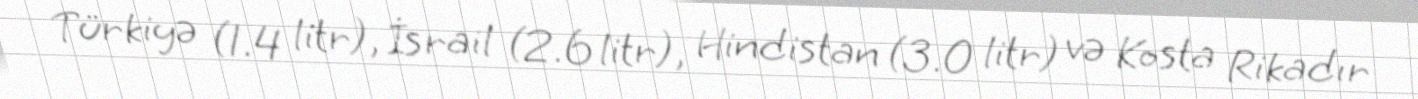
Türkiyə (1.4 litr), İsrail (2.6 litr), Hindistan (3.0 litr) və Kosta Rikadır